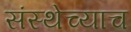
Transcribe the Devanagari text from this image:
संस्थेच्याच